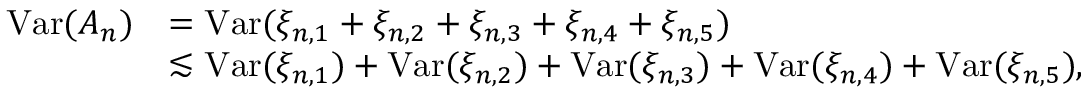
\begin{array} { r l } { \operatorname { V a r } ( A _ { n } ) } & { = \operatorname { V a r } ( \xi _ { n , 1 } + \xi _ { n , 2 } + \xi _ { n , 3 } + \xi _ { n , 4 } + \xi _ { n , 5 } ) } \\ & { \lesssim \operatorname { V a r } ( \xi _ { n , 1 } ) + \operatorname { V a r } ( \xi _ { n , 2 } ) + \operatorname { V a r } ( \xi _ { n , 3 } ) + \operatorname { V a r } ( \xi _ { n , 4 } ) + \operatorname { V a r } ( \xi _ { n , 5 } ) , } \end{array}